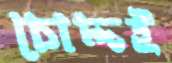
চোদ্দই